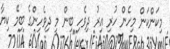
މިކަންކަން މިހެން ހުރި އިރު ދިވެހި ބިން މީ ދިވެހިންގެ ބިމޭ ކިޔާ